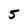
Character: 5